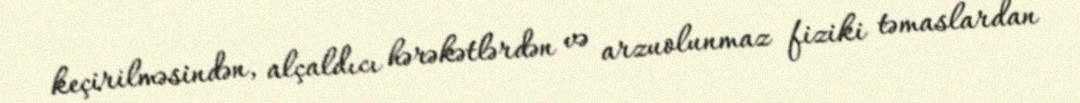
keçirilməsindən, alçaldıcı hərəkətlərdən və arzuolunmaz fiziki təmaslardan